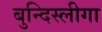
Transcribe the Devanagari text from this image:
बुन्दिस्लीगा